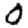
Digit: 0